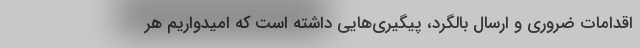
اقدامات ضروری و ارسال بالگرد، پیگیری‌هایی داشته است که امیدواریم هر